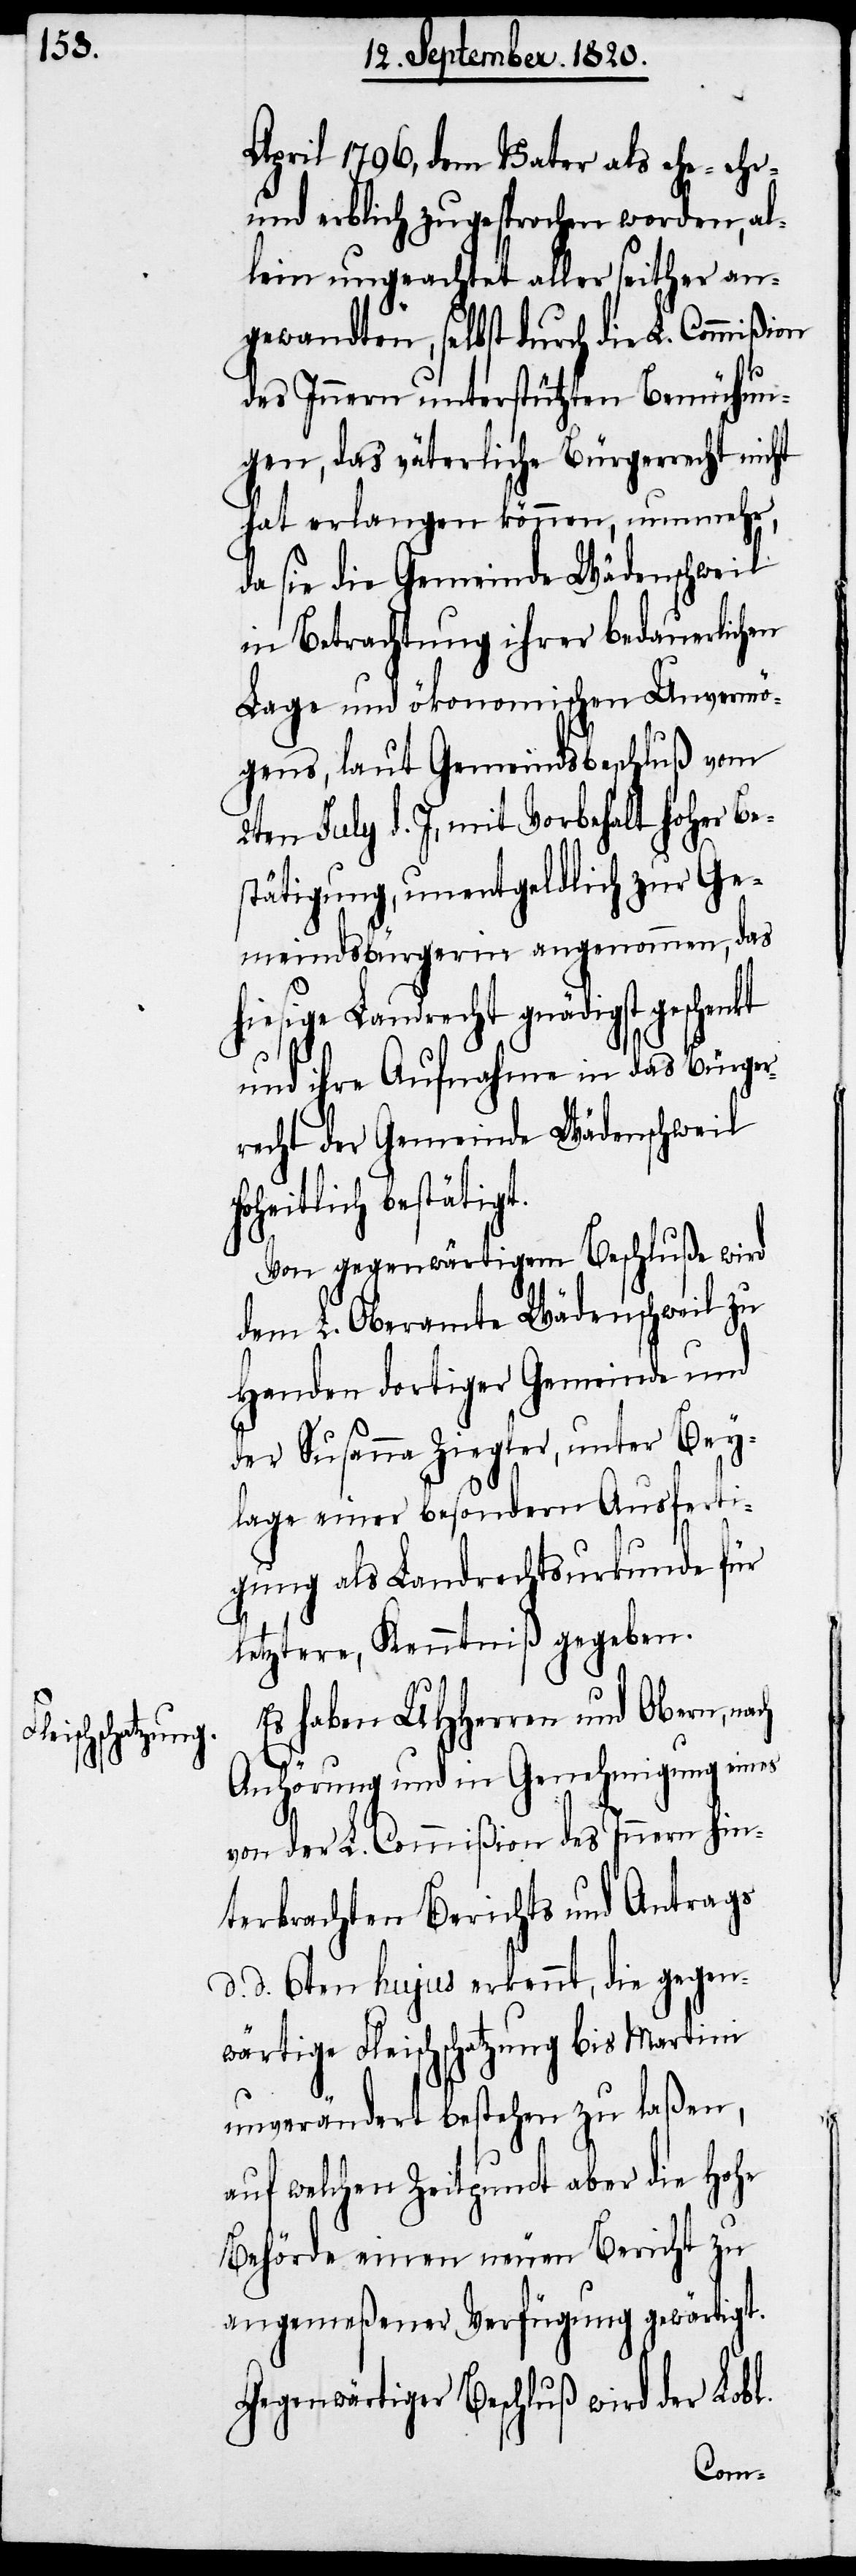
April 1796, dem Vater als ehe- ehr-
und erblich zugesprochen worden, al¬
lein ungeachtet aller seither an¬
gewandten, selbst durch die L. Commißion
des Innern unterstützten Bemühun¬
gen, das väterliche Bürgerrecht nicht
hat erlangen können, nunmehr,
da sie die Gemeinde Wädenschweil
in Betrachtung ihrer bedauerlichen
Lage und ökonomischen Unvermö¬
gens, laut Gemeindsbeschluß vom
2ten July d. J, mit Vorbehalt hoher Be¬
stätigung, unentgeldlich zur Ge¬
meindsbürgerin angenommen, das
hiesige Landrecht gnädigst geschenkt
und ihre Aufnahme in das Bürger¬
recht der Gemeinde Wädenschweil
heitlich bestätigt.
Von gegenwärtigem Beschluße wird
dem L. Oberamte Wädenschweil zu
Handen dortiger Gemeinde und
der Susanna Ziegler, unter Bey¬
lage einer besondern Ausferti¬
gung als Landrechtsurkunde für
letztere, Kenntniß gegeben.
Es haben UHherren und Obern, nach
Anhörung und in Genehmigung eines
von der L. Commißion des Innern hin¬
terbrachten Berichts und Antrags
d. d. 6ten hujus erkennt, die gegen¬
wärtige Fleischschatzung bis Martini
unverändert bestehen zu laßen,
auf welchen Zeitpunct aber die hohe
Behörde einen neuen Bericht zu
angemeßener Verfügung gewärtigt.
Gegenwärtiger Beschluß wird der Lobl.
ho¬